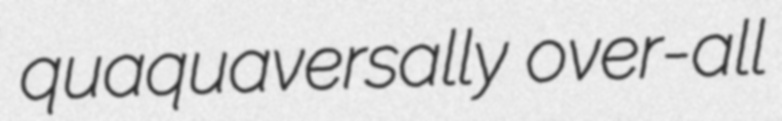
quaquaversally over-all